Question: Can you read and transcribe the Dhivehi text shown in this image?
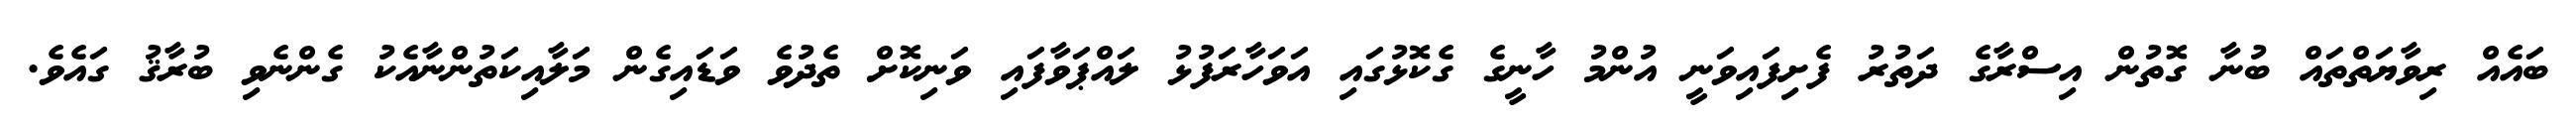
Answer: ބައެއް ރިވާޔަތްތައް ބުނާ ގޮތުން އިސްރާގެ ދަތުރު ފެށިފައިވަނީ އުންމު ހާނީގެ ގެކޮޅުގައި އަވަހާރަފުޅު ލައްޕަވާފައި ވަނިކޮށް ތެދުވެ ވަޑައިގެން މަލާއިކަތުންނާއެކު ގެންނެވި ބުރާޤު ގައެވެ.